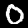
Digit: 0